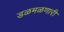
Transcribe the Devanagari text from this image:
डळमळणारी